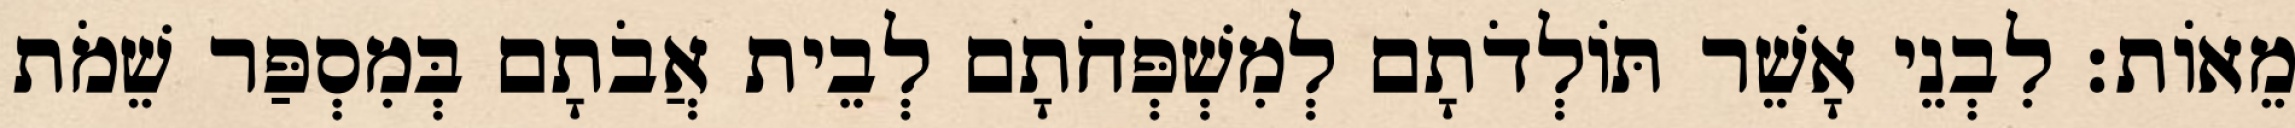
מֵאוֹת׃ לִבְנֵי אָשֵׁר תּוֹלְדֹתָם לְמִשְׁפְּחֹתָם לְבֵית אֲבֹתָם בְּמִסְפַּר שֵׁמֹת